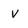
Character: V